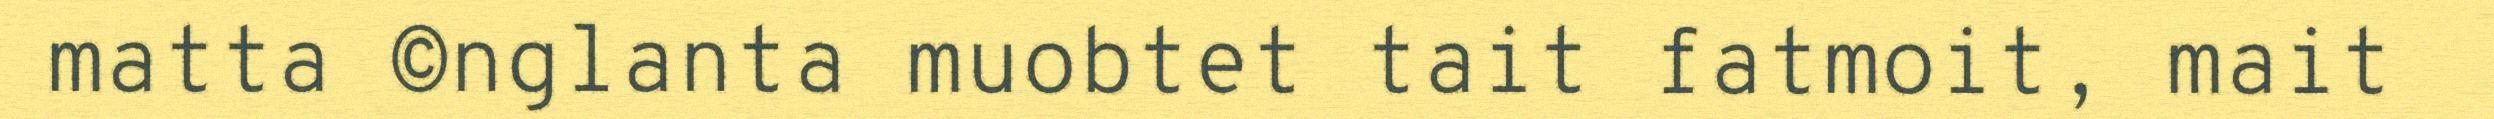
matta ©nglanta muobtet tait fatmoit, mait